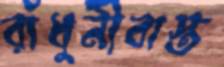
রাঁধুনীবাস্ত